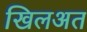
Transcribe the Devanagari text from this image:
खिलअत